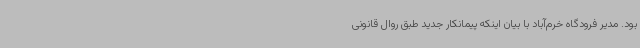
بود. مدیر فرودگاه خرم‌آباد با بیان اینکه پیمانکار جدید طبق روال قانونی